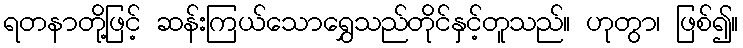
ရတနာတို့ဖြင့် ဆန်းကြယ်သောရွှေသည်တိုင်နှင့်တူသည်။ ဟုတွာ၊ ဖြစ်၍။